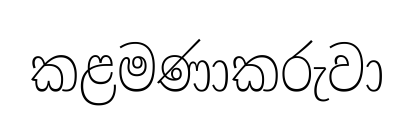
කළමණාකරුවා